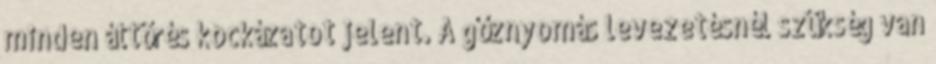
minden áttörés kockázatot jelent. A gőznyomás levezetésnél szükség van